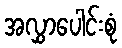
အလွှာပေါင်းစုံ